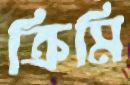
ক্রিমি